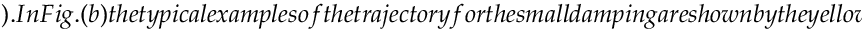
) . I n F i g . ( b ) t h e t y p i c a l e x a m p l e s o f t h e t r a j e c t o r y f o r t h e s m a l l d a m p i n g a r e s h o w n b y t h e y e l l o w a n d g r e e n c u r v e s a n d d o t s o n t h e e n e r g y d e n s i t y c o n t o u r . T h e p u l s e w i d t h s a r e